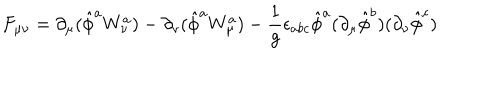
LaTeX: F _ { \mu \nu } = \partial _ { \mu } ( \hat { \phi } ^ { a } W _ { \nu } ^ { a } ) - \partial _ { \nu } ( \hat { \phi } ^ { a } W _ { \mu } ^ { a } ) - { \frac { 1 } { g } } \epsilon _ { a b c } \hat { \phi } ^ { a } ( \partial _ { \mu } \hat { \phi } ^ { b } ) ( \partial _ { \nu } \hat { \phi } ^ { c } )